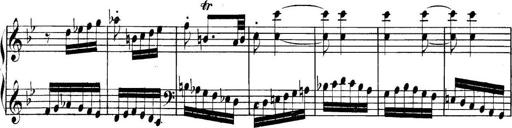
Title: Collected Piano Sonatas
Composer: Muzio Clementi